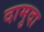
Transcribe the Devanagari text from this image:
दामुदा